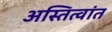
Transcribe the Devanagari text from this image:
अस्तित्वांत